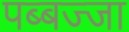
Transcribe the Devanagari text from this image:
पब्बज्जा